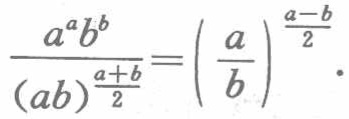
\(\frac{a^{a}b^{b}}{(ab)^{\frac{a + b}{2}}}=\left(\frac{a}{b}\right)^{\frac{a - b}{2}}.\)